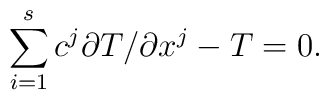
\sum_{i =1}^s c^j \partial T \bigl / \partial x^j-T=0.